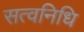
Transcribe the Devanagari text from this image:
सत्वनिधि